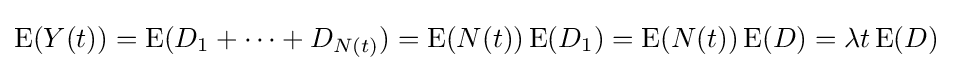
\operatorname {E} (Y(t))=\operatorname {E} (D_{1}+\cdots +D_{N(t)})=\operatorname {E} (N(t))\operatorname {E} (D_{1})=\operatorname {E} (N(t))\operatorname {E} (D)=\lambda t\operatorname {E} (D)